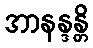
အာနန္ဒန္တိ